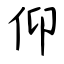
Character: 仰